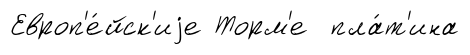
Европ'е́йск'иjе Торм'е пла́т'ина